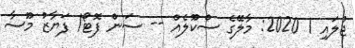
ޖުލައި 1 2020: މާލޭގެ ސްކޫލެއް -- ސަން ފޮޓޯ/ ފަޔާޒު މޫސާ